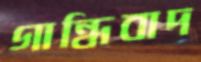
গান্ধিবাদ